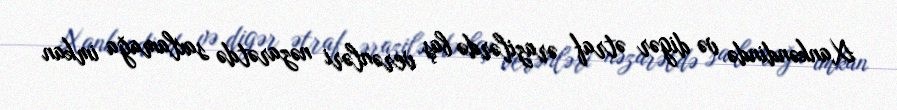
Xankəndində və digər ətraf ərazilərdə baş verənləri nəzarətdə saxlamağa imkan